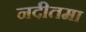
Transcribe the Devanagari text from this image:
नदीतमा